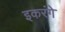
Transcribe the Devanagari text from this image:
इकरंगे